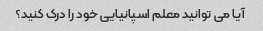
آیا می توانید معلم اسپانیایی خود را درک کنید؟